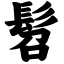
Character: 髫